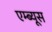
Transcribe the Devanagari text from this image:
एम्ब्यूस